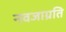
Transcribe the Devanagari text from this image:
नवजाग्रति